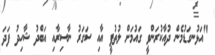
"އަޅުނގަޑުމެން ދުއާކުރަންވީ ގައުމަށް ލުތުފީ އާއި ސަގަރު ނާސިރާއި އަބްދު ޝާހިދު ފަދަ